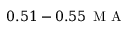
0 . 5 1 - 0 . 5 5 \, \mathrm { ~ M ~ A ~ }